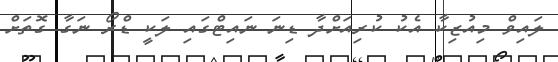
ލައިވް މިއުޒިކާ އެކު ކުރިއަށްދާ ޑިނަ ނައިޓްގައި ލަކީ ޑްރޯ ނަގާ ގޮތަށް